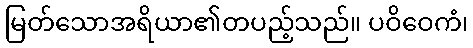
မြတ်သောအရိယာ၏တပည့်သည်။ ပဝိဝေကံ၊